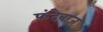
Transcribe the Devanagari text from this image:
फंदेबाज